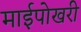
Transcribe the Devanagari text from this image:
माईपोखरी